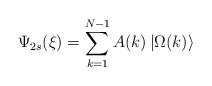
\begin{align*}\Psi _{2s}(\xi )=\sum_{k=1}^{N-1}A(k)\left| \Omega (k)\right\rangle\end{align*}